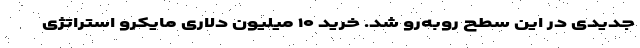
جدیدی در این سطح روبه‌رو شد. خرید ۱۰ میلیون دلاری مایکرو استراتژی